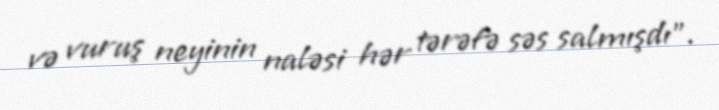
və vuruş neyinin naləsi hər tərəfə səs salmışdı".